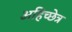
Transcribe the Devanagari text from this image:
अहिच्छेत्र